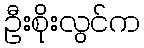
ဦးစိုးလွင်က